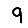
Digit: 9